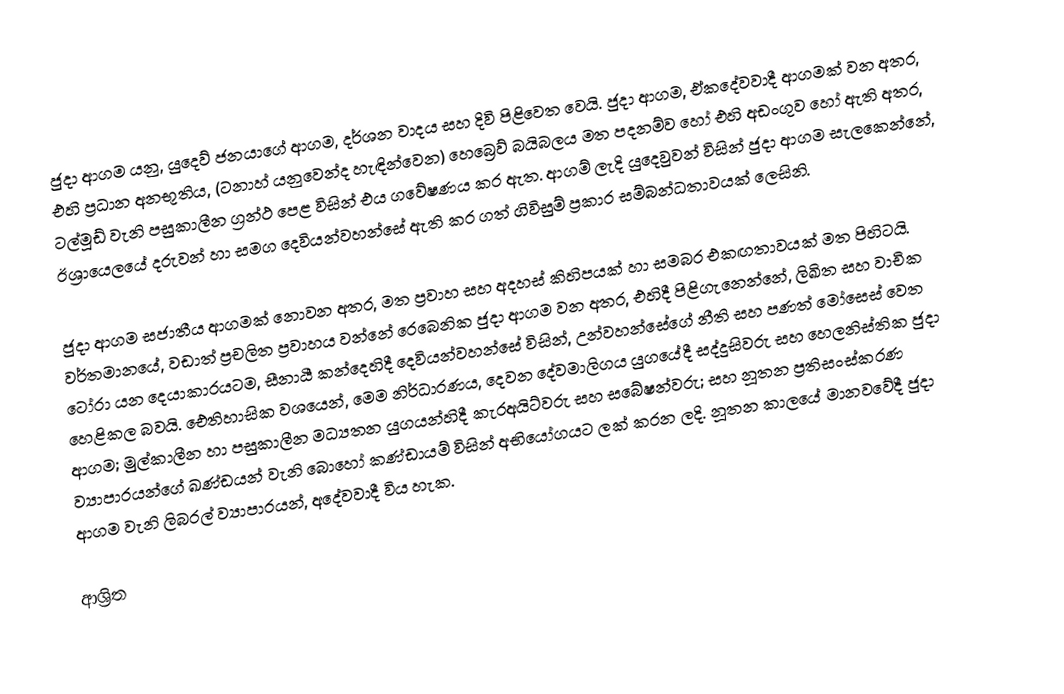
ජුදා ආගම  යනු, යුදෙව් ජනයාගේ ආගම, දර්ශන වාදය සහ දිවි පිළිවෙත වෙයි.  ජුදා ආගම, ඒකදේවවාදී ආගමක් වන අතර, එහි ප්‍රධාන අනභූතිය,  (ටනාහ් යනුවෙන්ද හැඳින්වෙන) හෙබ්‍රෙව් බයිබලය මත පදනම්ව හෝ එහි අඩංගුව හෝ ඇති අතර, ටල්මූඩ් වැනි පසුකාලීන ග්‍රන්ථ පෙළ විසින් එය ගවේෂණය කර ඇත. ආගම් ලැදි යුදෙවුවන් විසින් ජුදා ආගම සැලකෙන්නේ,  ඊශ්‍රායෙලයේ දරුවන් හා සමග දෙවියන්වහන්සේ ඇති කර ගත් ගිවිසුම් ප්‍රකාර සම්බන්ධතාවයක් ලෙසිනි.

ජුදා ආගම සජාතීය ආගමක් නොවන අතර, මත ප්‍රවාහ සහ අදහස් කිහිපයක් හා සමබර එකඟතාවයක් මත පිහිටයි.  වර්තමානයේ, වඩාත් ප්‍රචලිත ප්‍රවාහය වන්නේ රෙබෙනික ජුදා ආගම වන අතර, එහිදී පිළිගැනෙන්නේ, ලිඛිත සහ වාචික ටෝරා යන දෙයාකාරයටම, සීනායී කන්දෙහිදී දෙවියන්වහන්සේ විසින්,   උන්වහන්සේගේ නීති සහ   පණත් මෝසෙස් වෙත හෙළිකල බවයි.  ඓතිහාසික වශයෙන්, මෙම නිර්ධාරණය,  දෙවන දේවමාලිගය යුගයේදී සද්දුසිවරු සහ හෙලනිස්තික ජුදා ආගම; මුල්කාලීන හා පසුකාලීන මධ්‍යතන යුගයන්හිදී කැරඅයිට්වරු සහ සබේෂන්වරු; සහ නූතන ප්‍රතිසංස්කරණ ව්‍යාපාරයන්ගේ ඛණ්ඩයන් වැනි බොහෝ කණ්ඩායම් විසින් අභියෝගයට ලක් කරන ලදි. නූතන කාලයේ මානවවේදී ජුදා ආගම වැනි ලිබරල් ව්‍යාපාරයන්,  අදේවවාදී විය හැක.

ආශ්‍රිත